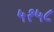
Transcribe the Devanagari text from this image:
५१५८